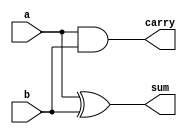
`timescale 1ns / 1ps
//////////////////////////////////////////////////////////////////////////////////
// Company: 
// Engineer: 
// 
// Design Name: 
// Module Name: Half_Adder
// Project Name: 
// Target Devices: 
// Tool Versions: 
// Description: 
// 
// Dependencies: 
// 
// Revision:
// Revision 0.01 - File Created
// Additional Comments:
// 
//////////////////////////////////////////////////////////////////////////////////


module Half_Adder(a,b,sum,carry);
input a,b;
output sum,carry;
xor(sum,a,b);
and(carry,a,b);
endmodule